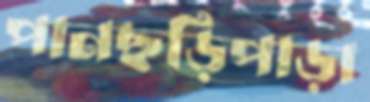
পানছড়িপাড়া